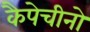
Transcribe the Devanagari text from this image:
कैपेचीनो